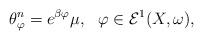
LaTeX: \begin{align*}\theta _{\varphi}^n =e^{\beta \varphi} \mu, \ \ \varphi \in \mathcal E^1(X,\omega), \end{align*}